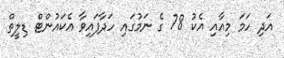
އަދި ހަމަ މިއާއި އެކު 78 ގެ ނަމުގައި ހަދާފައިވާ އެކައުންޓް ޑިލީތް